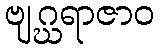
ဗျဂ္ဃရာဇာဝ